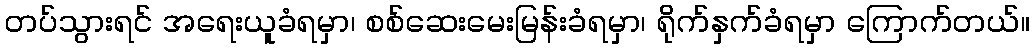
တပ်သွားရင် အရေးယူခံရမှာ၊ စစ်ဆေးမေးမြန်းခံရမှာ၊ ရိုက်နှက်ခံရမှာ ကြောက်တယ်။